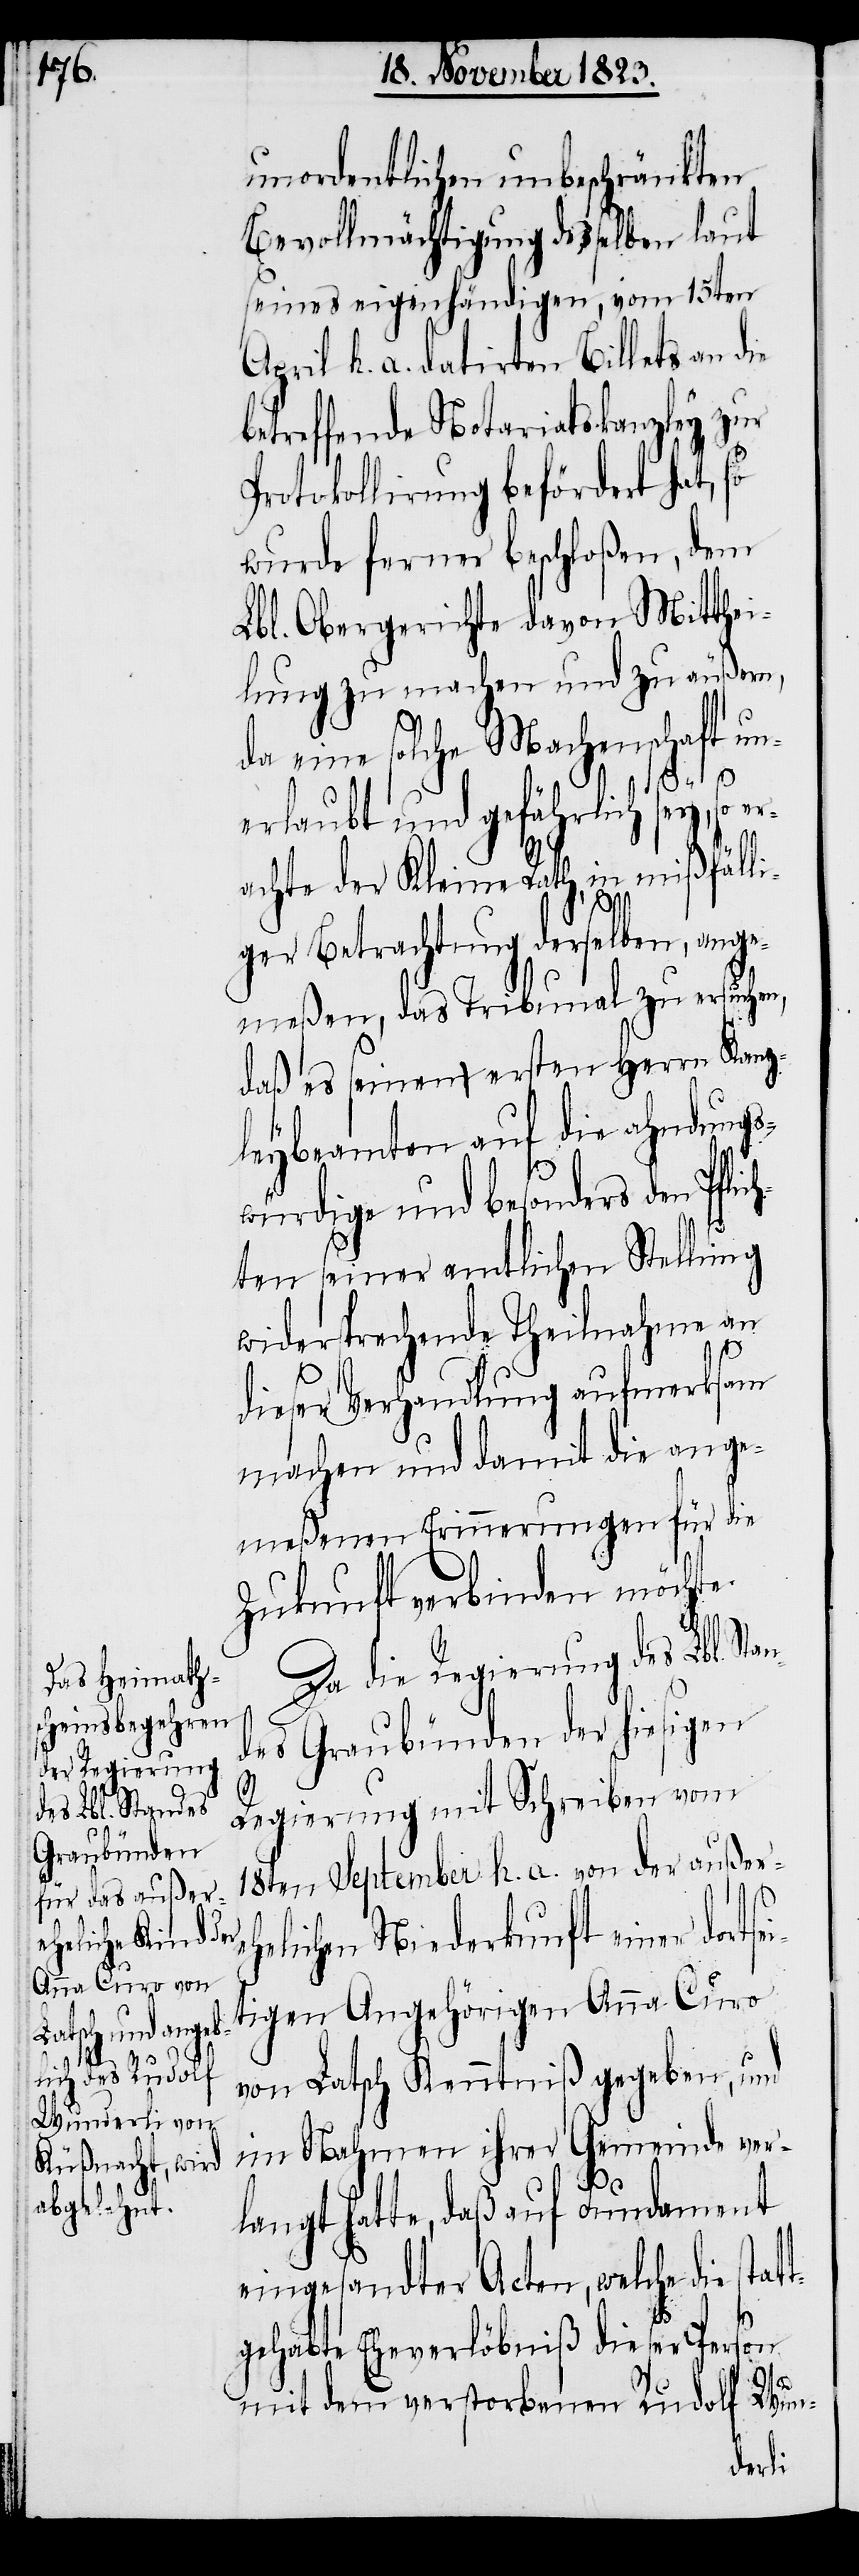
unordentlichen unbeschränkten
Bevollmächtigung desselben laut
seines eigenhändigen, vom 15ten
April h. a. datirten Billets an die
betreffende Notariatskanzley zur
Protokollirung befördert hat, so
wurde ferner beschloßen, dem
Lbl. Obergerichte davon Mitthei¬
lung zu machen und zu äußern,
da eine solche Machenschaft un¬
sei¬
erlaubt und gefährlich sey, so
achte der Kleine Rath, in mißfäll¬
iger Betrachtung derselben, ange¬
meßen, das Tribunal zu ersuchen,
daß es seinen ersten Herrn Kanz¬
leybeamten auf die ahndungs¬
würdige und besonders den Pflic¬
hten seiner amtlichen Stellung
widersprechende Theilnahme an
tt¬
dieser Verhandlung aufmerksam
machen und damit die ange¬
meßenen Erinnerungen für die
Zukunft verbinden möchte.
Da die Regierung des Lbl. St¬
des Graubünden der hiesigen
Regierung mit Schreiben vom
18ten September h. a. von der außereh¬
elichen Niederkunft einer dort¬
tigen Angehörigen Anna Curo
von Latsch Kenntniß gegeben, und
im Nahmen ihrer Gemeinde ver¬
an¬
langt hatte, daß auf Fundament
eingesandter Acten, welche die sta¬
gehabte Eheverlöbniß dieser Person
mit dem verstorbenen Rudolf Wun-